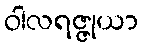
ဝါလရဇ္ဇုယာ